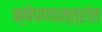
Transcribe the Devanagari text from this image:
क्षेपणास्त्रांत